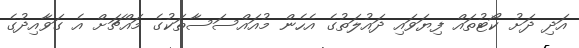
އަދި ދަށު ކޯޓުތައް ފިޔަވައި ދައުލަތުގެ އެހެން މުއައްސަސާތަކުގެ މައްޗަށް އެ ގަވާއިދުގެ